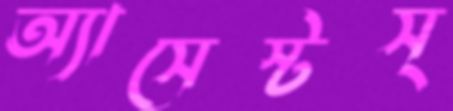
অ্যাসেস্টস্